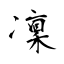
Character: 凜